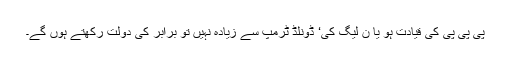
پی پی پی کی قیادت ہو یا ن لیگ کی‘ ڈونلڈ ٹرمپ سے زیادہ نہیں تو برابر کی دولت رکھتے ہوں گے۔